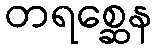
တရစ္ဆေန